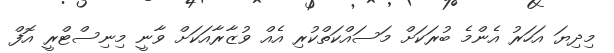
މިދިޔަ އަހަރު އެންމެ ބުރަކަށް މަސައްކަތްކުރި އެއް ވުޒާރާއަކަށް ވާނީ މިނިސްޓްރީ އޮފް